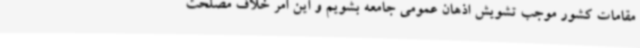
مقامات کشور موجب تشویش اذهان عمومی جامعه بشویم و این امر خلاف مصلحت